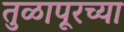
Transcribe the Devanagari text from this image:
तुळापूरच्या